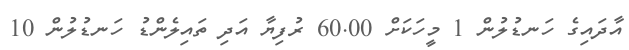
އާދައިގެ ހަނޑުލުން 1 މީހަކަށް 60.00 ރުފިޔާ އަދި ތައިލެންޑު ހަނޑުލުން 10